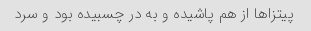
پیتزا‌ها از هم پاشیده و به در چسبیده بود و سرد